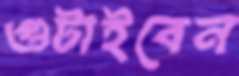
গুটাইবেন